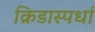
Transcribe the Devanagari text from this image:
क्रिडास्पर्धा